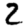
Digit: 2